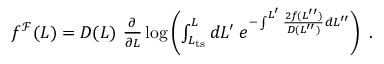
\begin{array} { r } { f ^ { \mathcal { F } } ( L ) = D ( L ) \ \frac { \partial } { \partial L } \log \left( \int _ { L _ { \mathrm { t s } } } ^ { L } d L ^ { \prime } \; e ^ { - \int ^ { L ^ { \prime } } \frac { 2 f ( L ^ { \prime \prime } ) } { D ( L ^ { \prime \prime } ) } d L ^ { \prime \prime } } \right) \ . } \end{array}